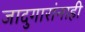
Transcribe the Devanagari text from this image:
जादुगारांनाही